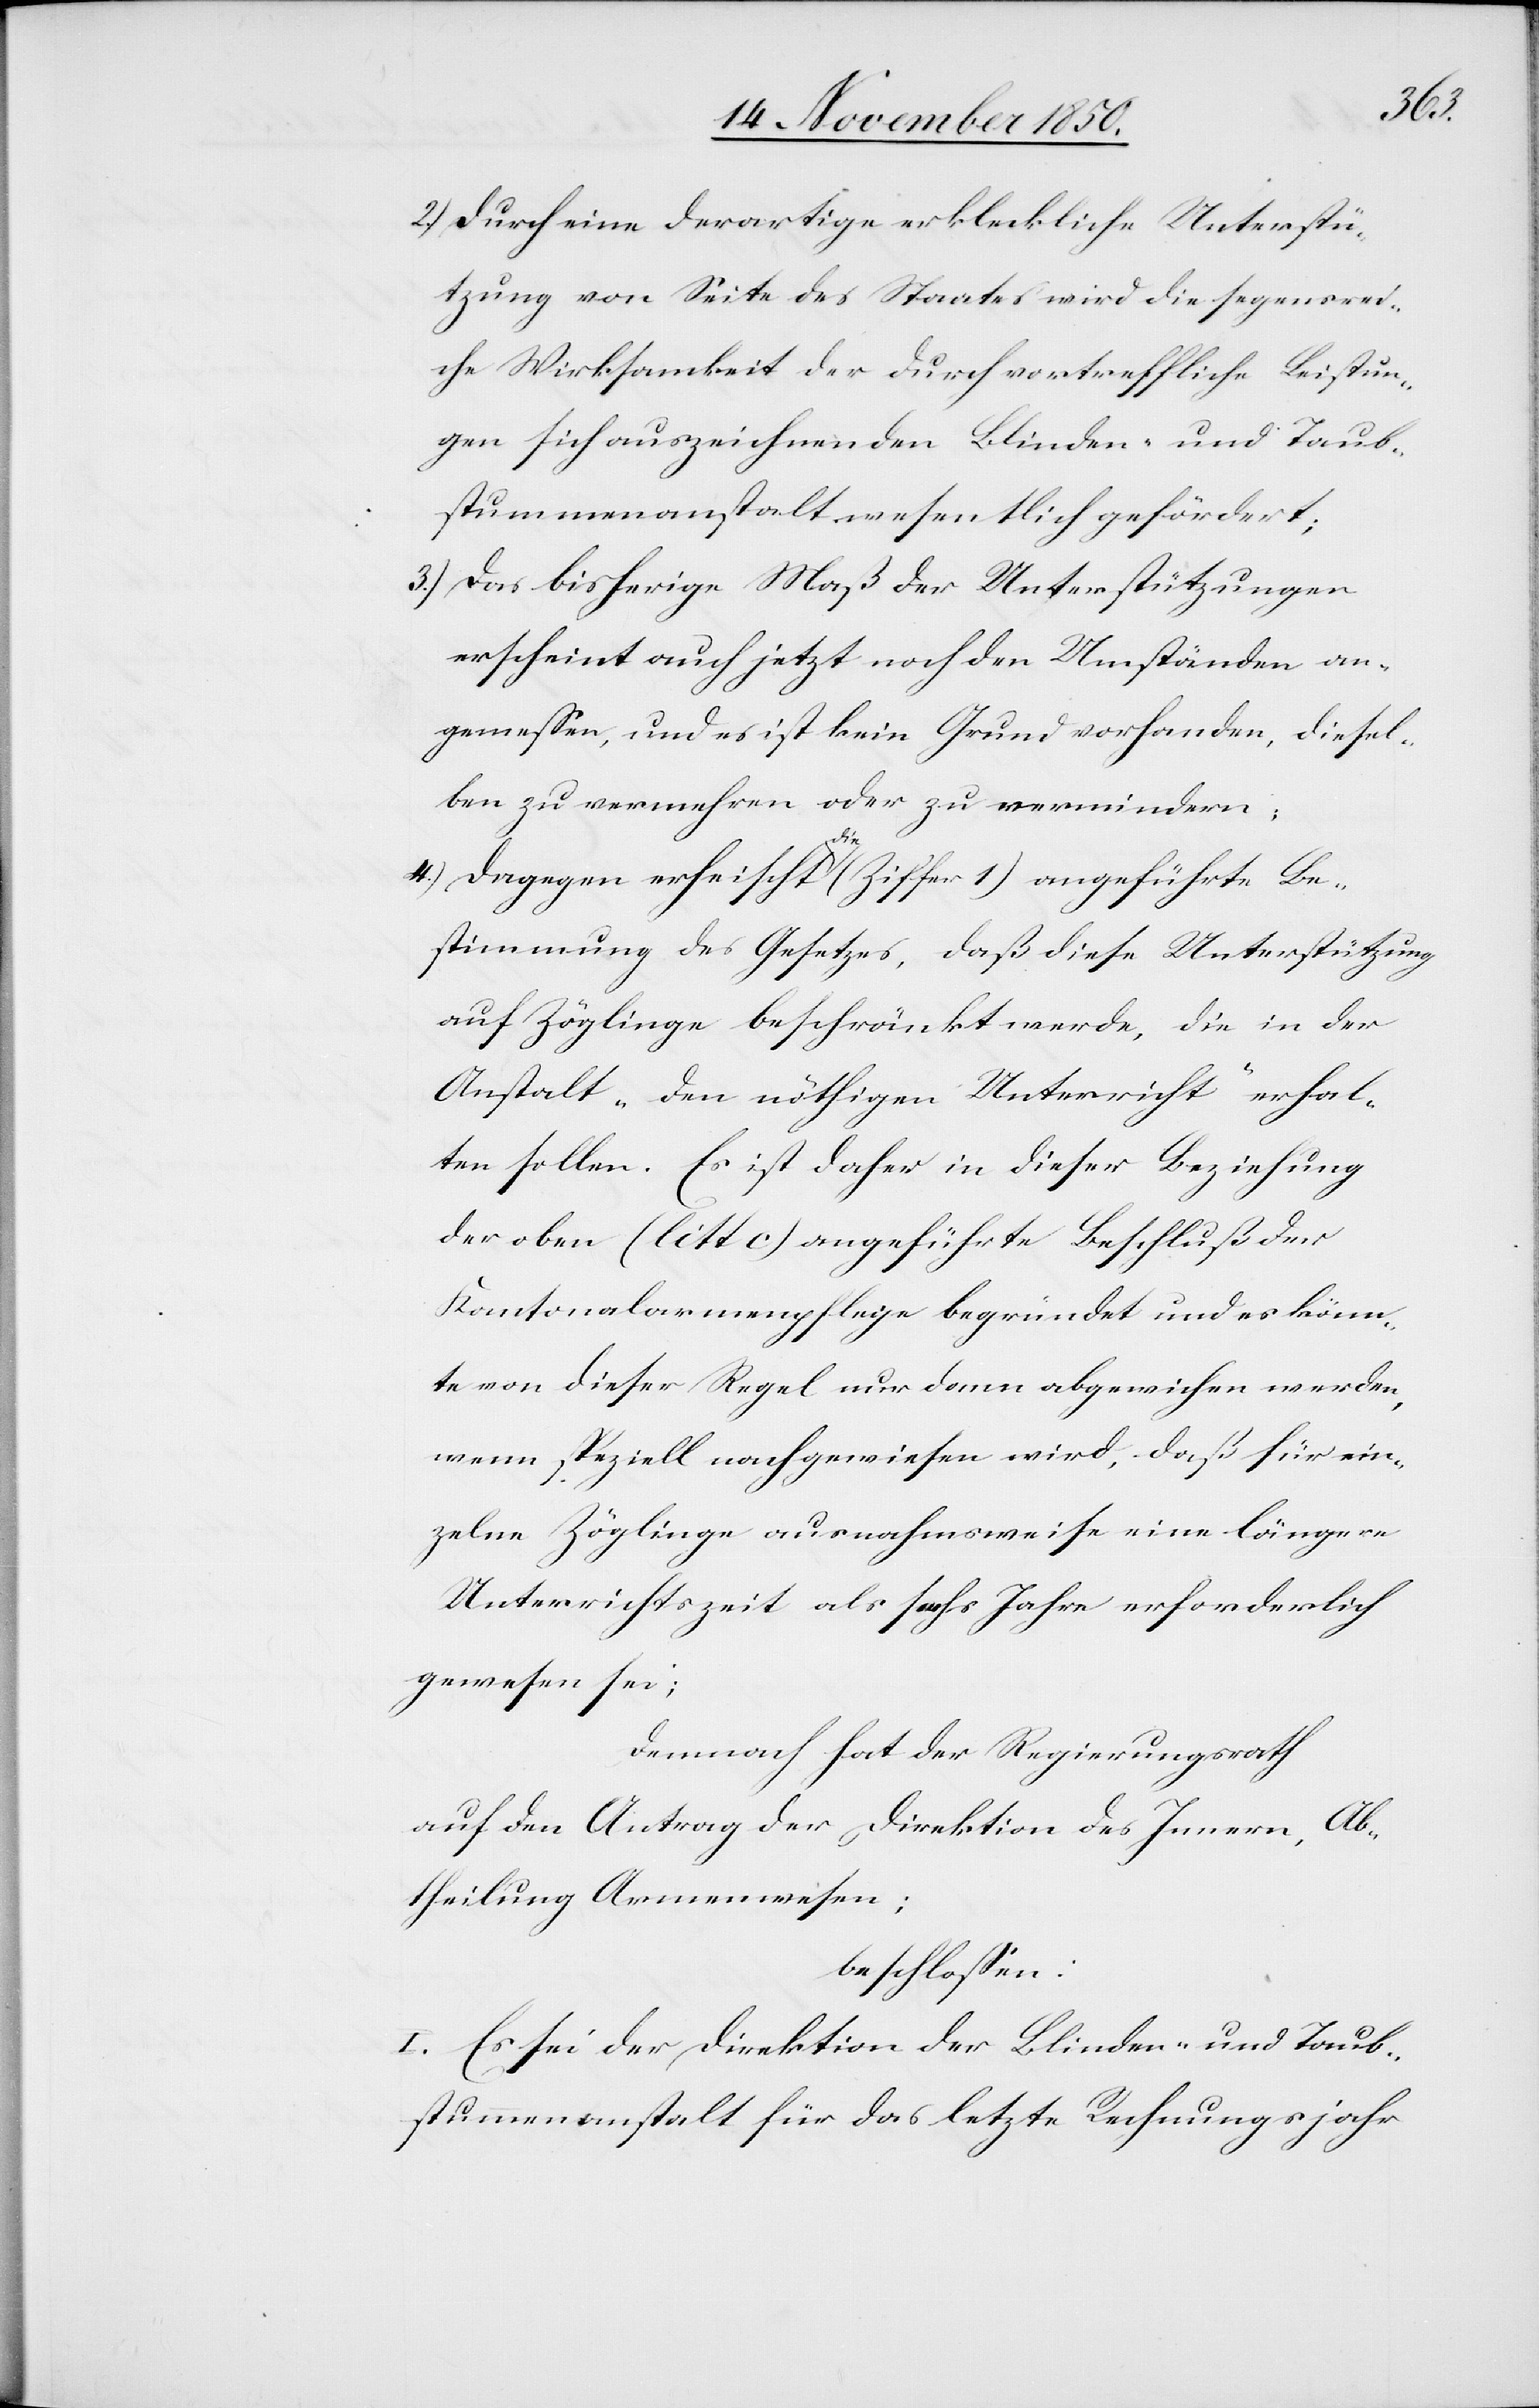
2.) Durch eine derartige erkleckliche Unterstü¬
tzung von Seite des Staates wird die segensrei¬
che Wirksamkeit der durch vortreffliche Leistun¬
gen sich auszeichnenden Blinden- und Taub¬
stummenanstalt wesentlich gefördert;
3.) Das bisherige Maß der Unterstützungen
erschient auch jetzt noch den Umständen an¬
gemessen, und es ist kein Grund vorhanden, diesel¬
ben zu vermehren oder zu vermindern;
4.) Dagegen erheischt die (Ziffer 1) angeführte Be¬
stimmung des Gesetzes, daß diese Unterstützung
auf Zöglinge beschränkt werde, die in der
Anstalt, „den nöthigen Unterricht“ erhal¬
ten sollen. Es ist daher in dieser Beziehung
der oben (litt c) angeführte Beschluß der
Kantonalarmenpflege begründet und es könn¬
te von dieser Regel nur dann abgewichen werden,
wenn speziell nachgewiesen wird, daß für ein¬
zelne Zöglinge ausnahmsweise eine längere
Unterrichtszeit als sechs Jahre erforderlich
gewesen sei;
Demnach hat der Regierungsrath
auf den Antrag der Direktion des Innern, Ab¬
theilung Armenwesen;
beschlossen:
I. Es sei der Direktion der Blinden- und Taub¬
stummenanstalt für das letzte Rechnungsjahr